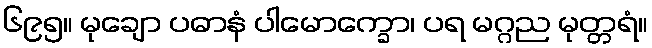
၆၉၅။ မုချော ပဓာနံ ပါမောက္ခော၊ ပရ မဂ္ဂည မုတ္တရံ။